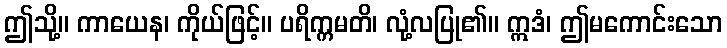
ဤသို့။ ကာယေန၊ ကိုယ်ဖြင့်။ ပရိက္ကမတိ၊ လုံ့လပြု၏။ ဣဒံ၊ ဤမကောင်းသော